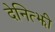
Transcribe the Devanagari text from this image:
देनित्झी